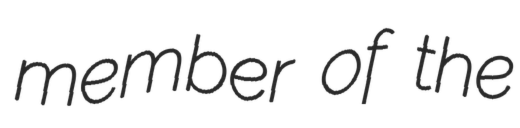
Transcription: member of the